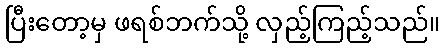
ပြီးတော့မှ ဖရစ်ဘက်သို့ လှည့်ကြည့်သည်။